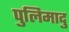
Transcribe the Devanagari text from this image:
पुलिमादु